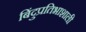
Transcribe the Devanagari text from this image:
बिंदुप्रतिभाशाली